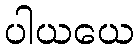
ပါယယေ